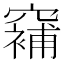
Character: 𱷗